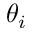
\theta _ { i }